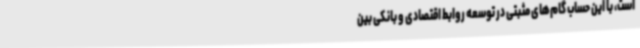
است، با این حساب گام‌های مثبتی در توسعه روابط اقتصادی و بانکی بین